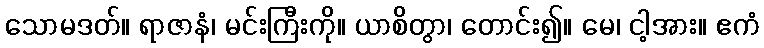
သောမဒတ်။ ရာဇာနံ၊ မင်းကြီးကို။ ယာစိတွာ၊ တောင်း၍။ မေ၊ ငါ့အား။ ဧကံ